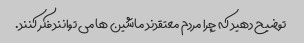
توضیح دهید که چرا مردم معتقدند ماشین ها می توانند فکر کنند.